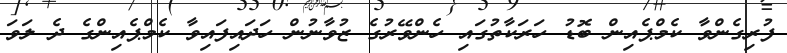
ފުރިގެންވާ ކެމްޕެއިން ބޮޑު ހަރަކާތުގައި ހެންވޭރުގެ ޒުވާނުން ހަދައިފައިވާ ކެމްޕެއިންގެ ދެ ލަވަ